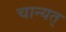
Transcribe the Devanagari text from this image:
चान्यत्